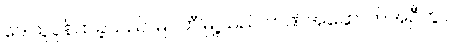
ဒေါသူပုန်ထခဲ့သည် မြဝတီမြို့သည် ဘဏ်အဆောက်အဦတွင်